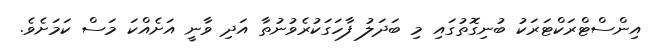
އިންސްޓްރަކްޓަރަކު ބުނިގޮތުގައި މި ބަދަލު ފާހަގަކުރެވުނުތާ އަދި ވާނީ އަށެއްކަ މަސް ކަމަށެވެ.